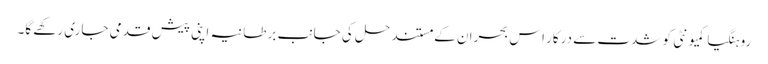
روہنگیا کمیونٹی کو شدت سے درکار اس بحران کے مستند حل کی جانب برطانیہ اپنی پیش قدمی جاری رکھے گا۔